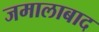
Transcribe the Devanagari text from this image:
जमालाबाद